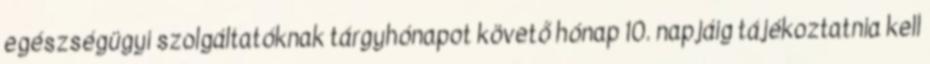
egészségügyi szolgáltatóknak tárgyhónapot követő hónap 10. napjáig tájékoztatnia kell